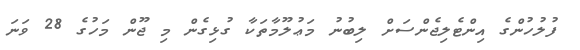
ފުލުހުންގެ އިންޓެލިޖެންސަށް ލިބުނު މަޢުލޫމާތަކާ ގުޅިގެން މި ޖޫން މަހުގެ 28 ވަނަ